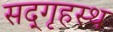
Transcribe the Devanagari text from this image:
सद्‌गृहस्थ